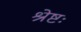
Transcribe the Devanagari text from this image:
श्रेष्टः